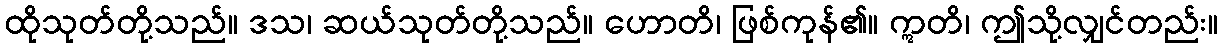
ထိုသုတ်တို့သည်။ ဒသ၊ ဆယ်သုတ်တို့သည်။ ဟောတိ၊ ဖြစ်ကုန်၏။ ဣတိ၊ ဤသို့လျှင်တည်း။